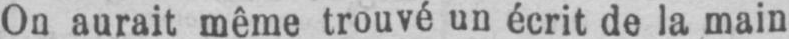
On aurait même trouvé un écrit de la main